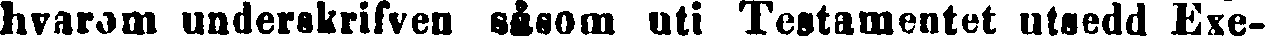
hvarom underskrifven såsom uti Testamentet utsedd Exe-